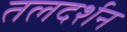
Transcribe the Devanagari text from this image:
तलदर्शन